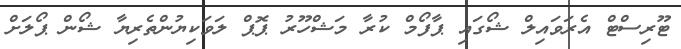
ޓޫރިސްޓް އެރަވައިލް ޝޯގައި ޕާފޯމް ކުރާ މަޝްހޫރު ޕޮޕް ލަވަކިޔުންތެރިޔާ ޝޯން ޕޯލަށް